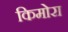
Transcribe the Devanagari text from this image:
किमोरा